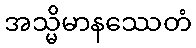
အသ္မိမာနဿေတံ